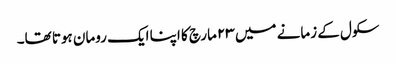
سکول کے زمانے میں ۲۳ مارچ کا اپنا ایک رومان ہوتا تھا۔